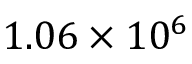
1 . 0 6 \times 1 0 ^ { 6 }